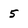
Character: 5